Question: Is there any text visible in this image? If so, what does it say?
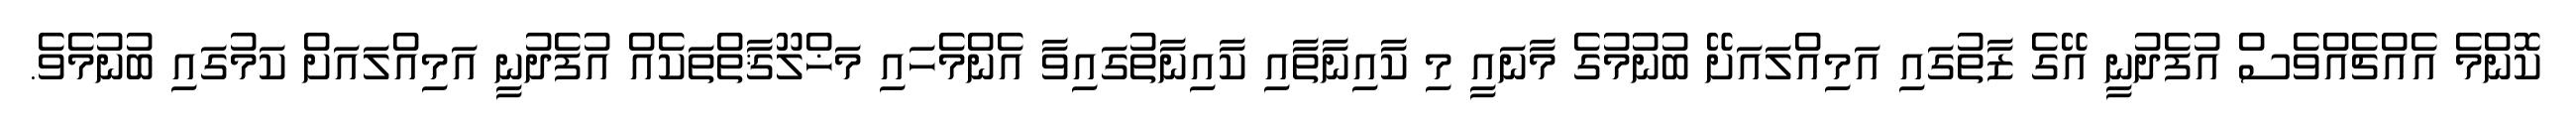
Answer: ކޮންމެ އެއްޗެއްވެސް އުފެދުނީ އޭގެ ޒާތުގައި އަމިއްލައަށޭ ބުނުމުގެ މާނައީ މި ކާއިނާތާއި ކާއިނާތުގައިވާ އެންމެހައި މަޚްލޫޤާތްތަކެއް އުފެދުނީ އަމިއްލައަށް ކަމުގައި ބުނުމެވެ.